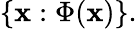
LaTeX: \{ \mathbf{x}:\Phi(\mathbf{x})\} .